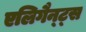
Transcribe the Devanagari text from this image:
एलिगैन्ट्स